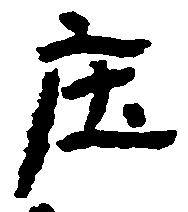
庄